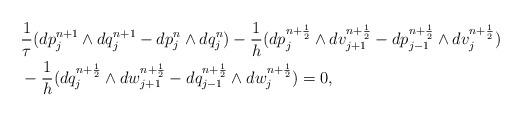
LaTeX: \begin{align*}&\frac1\tau(dp_j^{n+1}\wedge dq_j^{n+1}-dp_j^{n}\wedge dq_j^{n})-\frac1h(dp_j^{n+\frac12}\wedge dv_{j+1}^{n+\frac12}-dp_{j-1}^{n+\frac12}\wedge dv_j^{n+\frac12})\\&-\frac1h(dq_j^{n+\frac12}\wedge dw_{j+1}^{n+\frac12}-dq_{j-1}^{n+\frac12}\wedge dw_j^{n+\frac12})=0,\end{align*}